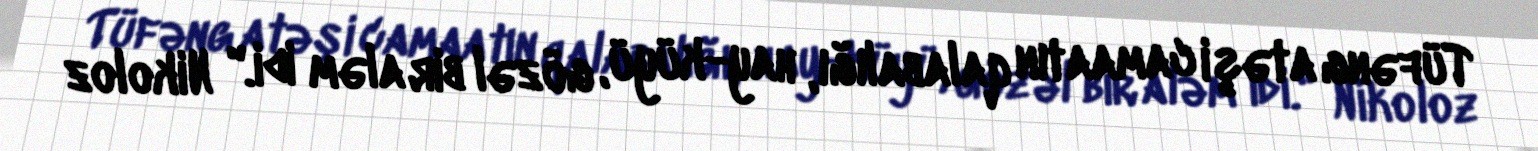
Tüfəng atəşi camaatın qalabalığı, hay-küyü, gözəl bir aləm idi." Nikoloz